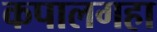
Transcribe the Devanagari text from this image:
कपालगहा